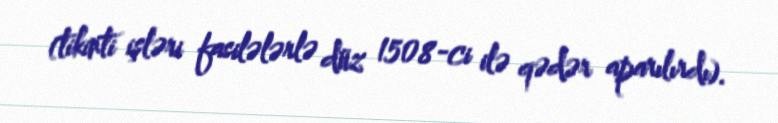
(tikinti işləri fasilələrlə düz 1508-ci ilə qədər aparılırdı).